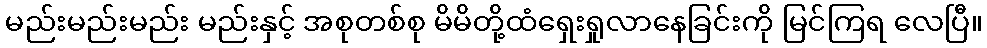
မည်းမည်းမည်း မည်းနှင့် အစုတစ်စု မိမိတို့ထံရှေးရှုလာနေခြင်းကို မြင်ကြရ လေပြီ။